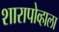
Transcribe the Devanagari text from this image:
शारापोव्हाला